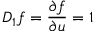
D _ { 1 } f = { \frac { \partial f } { \partial u } } = 1